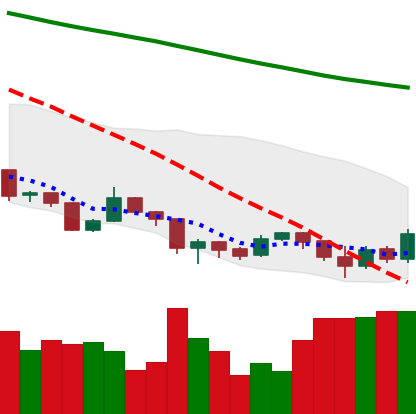
Ticker: XLM-USD
Chart end date: 2019-08-25
Forward return: -13.083%
Label: down_7plus